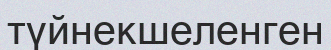
түйнекшеленген